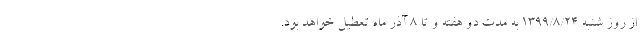
از روز شنبه ۱۳۹۹/۸/۲۴ به مدت دو هفته و تا ۸ آذر ماه تعطیل خواهد بود.